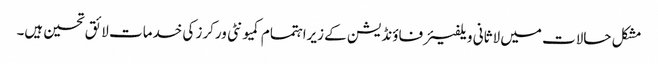
مشکل حالات میں لاثانی ویلفیئرفاؤنڈیشن کے زیراہتمام کمیونٹی ورکرز کی خدمات لائق تحسین ہیں۔